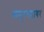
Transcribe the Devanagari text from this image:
बाणूरगडावर